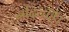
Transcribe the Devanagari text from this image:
नदियाँहैं।